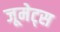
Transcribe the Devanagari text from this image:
जूमेट्स